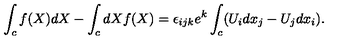
\int _ { c } f ( X ) d X - \int _ { c } d X f ( X ) = \epsilon _ { i j k } e ^ { k } \int _ { c } ( U _ { i } d x _ { j } - U _ { j } d x _ { i } ) .